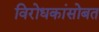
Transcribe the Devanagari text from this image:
विरोधकांसोबत